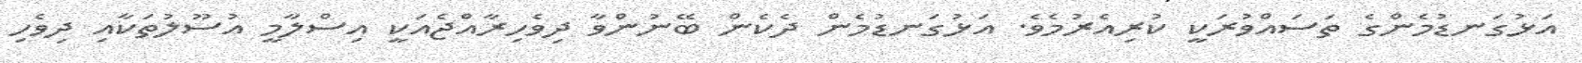
އަޅުގަނޑުމެންގެ ތަސައްވުރަކީ ކުރިއެރުމެވެ. އަޅުގަނޑުމެން ދެކެން ބޭނުންވާ ދިވެހިރާއްޖެއަކީ އިސްލާމީ އުސޫލުތަކާއި ދިވެހި